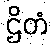
ဌိတံ